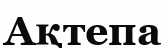
Ақтепа